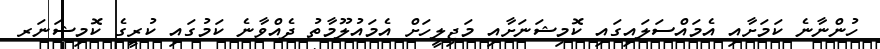
ހުންނާނެ ކަމަށާއި އެމައްސަލައިގައި ކޮމިޝަނަށާއި މަޖިލީހަށް އެމައުލޫމާތު ދެއްވާނެ ކަމުގައި ކުރީގެ ކޮމިޝަނަރ